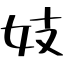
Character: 妓